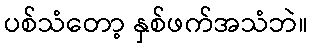
ပစ်သံတော့ နှစ်ဖက်အသံဘဲ။